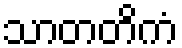
သာတတိကံ